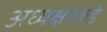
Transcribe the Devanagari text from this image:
अध्यक्षाकडे